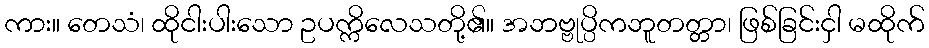
ကား။ တေသံ၊ ထိုငါးပါးသော ဥပက္ကိလေသတို့၏။ အဘဗ္ဗုပ္ပိကဘူတတ္တာ၊ ဖြစ်ခြင်းငှါ မထိုက်